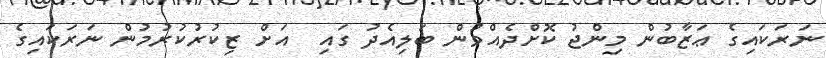
ނަރަކައިގެ ޢަޒާބުން މިންޖު ކޮށްދެއްވުން ބަލިއެދު ގައި  އަށް ޒިކުރުކުރުމުން ނަރަކައިގެ